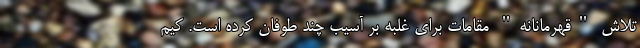
تلاش "قهرمانانه" مقامات برای غلبه بر آسیب چند طوفان کرده است. کیم